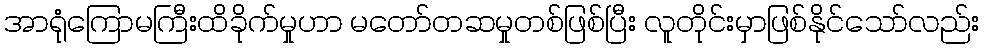
အာရုံကြောမကြီးထိခိုက်မှုဟာ မတော်တဆမှုတစ်ဖြစ်ပြီး လူတိုင်းမှာဖြစ်နိုင်သော်လည်း